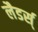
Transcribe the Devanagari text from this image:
लैडर्स्